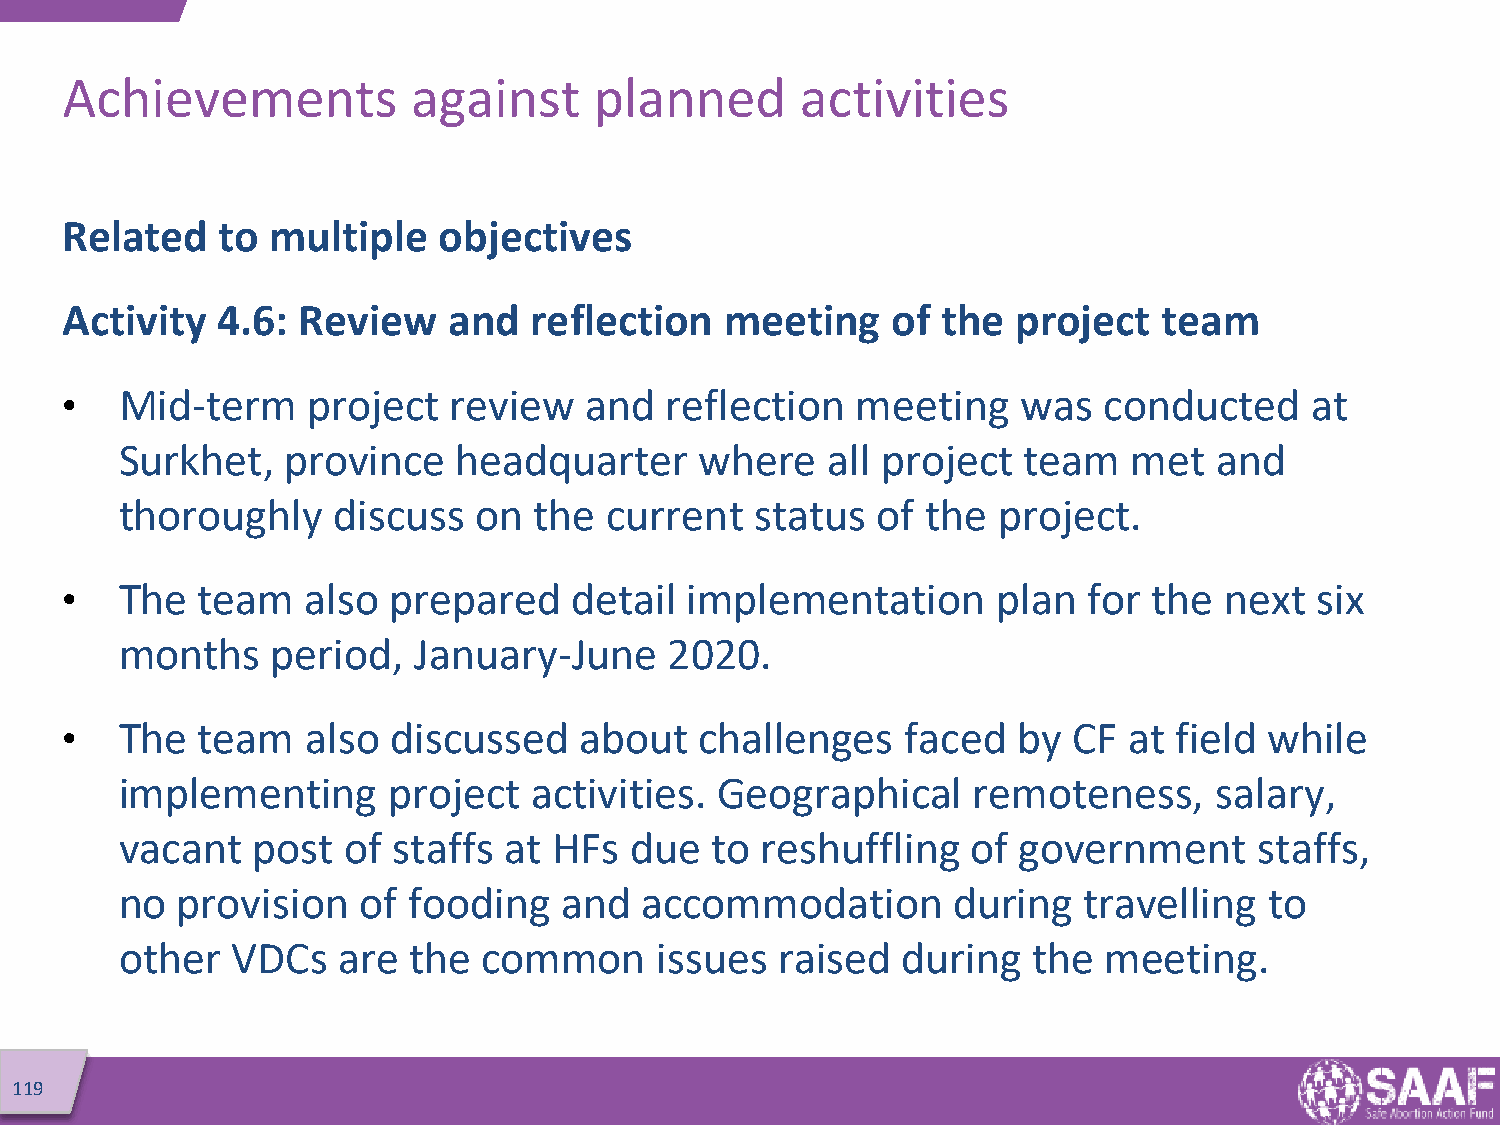
Achievements           against     planned       activities
 Related   to  multiple   objectives
 Activity  4.6:  Review    and  reflection   meeting    of the  project   team
 •   Mid-term    project   review   and  reflection   meeting    was  conducted     at
 Surkhet,   province   headquarter     where    all project  team   met   and
 thoroughly    discuss  on  the  current   status  of the  project.
 •   The  team   also  prepared    detail  implementation      plan  for the  next  six
 months    period,  January-June     2020.
 •   The  team   also  discussed   about   challenges    faced  by  CF  at field while
 implementing      project  activities.  Geographical    remoteness,      salary,
 vacant   post  of staffs at  HFs  due  to reshuffling   of government      staffs,
 no  provision   of fooding   and  accommodation        during   travelling  to
 other  VDCs   are  the  common      issues  raised  during  the  meeting.
 119